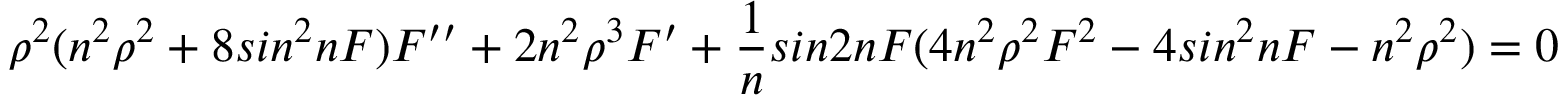
\rho ^ { 2 } ( n ^ { 2 } \rho ^ { 2 } + 8 s i n ^ { 2 } n F ) F ^ { \prime \prime } + 2 n ^ { 2 } \rho ^ { 3 } F ^ { \prime } + \frac { 1 } { n } s i n 2 n F ( 4 n ^ { 2 } \rho ^ { 2 } F ^ { 2 } - 4 s i n ^ { 2 } n F - n ^ { 2 } \rho ^ { 2 } ) = 0